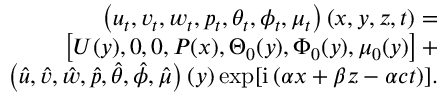
\begin{array} { r } { \left( u _ { t } , v _ { t } , w _ { t } , p _ { t } , \theta _ { t } , \phi _ { t } , \mu _ { t } \right) \left( x , y , z , t \right) = } \\ { \left[ U ( y ) , 0 , 0 , P ( x ) , \Theta _ { 0 } ( y ) , \Phi _ { 0 } ( y ) , \mu _ { 0 } ( y ) \right] + } \\ { \left( \hat { u } , \hat { v } , \hat { w } , \hat { p } , \hat { \theta } , \hat { \phi } , \hat { \mu } \right) \left( y \right) \exp [ { \mathrm { i } \left( \alpha x + \beta z - \alpha c t \right) } ] . } \end{array}